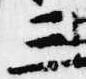
三